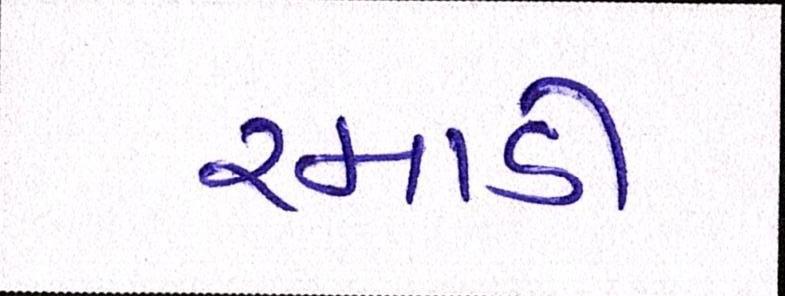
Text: રમાડી